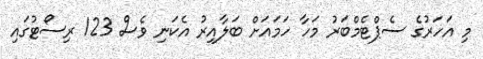
މި އަހަރުގެ ސެޕްޓެމްބަރު މަހާ ހަމައަށް ބަލާއިރު އެކަނި ވެސް 123 ރިސޯޓުގައި